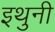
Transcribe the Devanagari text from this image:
इथुनी